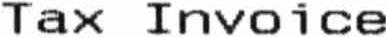
TAX INVOICE